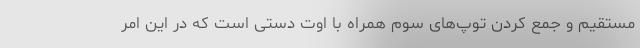
مستقیم و جمع کردن توپ‌های سوم همراه با اوت دستی است که در این امر